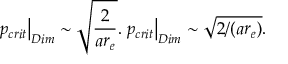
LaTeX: \left. p _ { c r i t } \right| _ { D i m } \sim \sqrt { \frac { 2 } { a r _ { e } } } . \left. p _ { c r i t } \right| _ { D i m } \sim \sqrt { 2 / ( { a r _ { e } } ) } .